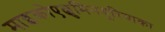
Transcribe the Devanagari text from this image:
माइक्रोएल्बुमिनयूरियाका